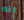
إنه